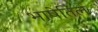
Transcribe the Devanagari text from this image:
भाषेतिल